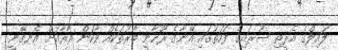
ލައިލްގެ އެރީތި ސޫރައިގެ ފަހަތުގައި އޭނާގެ ރޫޚާނީ ބާރުތަކެއް ވާކަން އާރާއަށް އެނގޭނީ